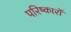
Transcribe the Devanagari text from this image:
परिष्कारों